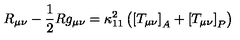
R _ { \mu \nu } - \frac { 1 } { 2 } R g _ { \mu \nu } = \kappa _ { 1 1 } ^ { 2 } \left( \left[ T _ { \mu \nu } \right] _ { A } + \left[ T _ { \mu \nu } \right] _ { P } \right)